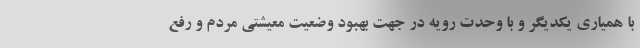
با همیاری یکدیگر و با وحدت رویه در جهت بهبود وضعیت معیشتی مردم و رفع